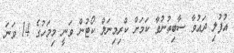
އުފުލި ދައުވާ ސާބިތުނުވާ ކަމަށް ކްރިމިނަލް ކޯޓުން ވަނީ މިމަހުގެ 14 ވަނަ